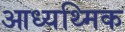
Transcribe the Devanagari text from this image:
आध्यथ्मिक